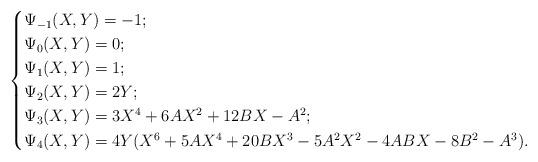
LaTeX: \begin{align*}\begin{cases}\Psi_{-1}(X,Y) = -1;\\\Psi_{0}(X,Y) = 0;\\\Psi_{1}(X,Y) = 1;\\\Psi_{2}(X,Y) = 2Y;\\\Psi_{3}(X,Y) = 3X^4+6 AX^2+12 B X - A^2;\\\Psi_{4}(X,Y) = 4Y(X^6 + 5AX^4 + 20BX^3 - 5A^2 X^2 - 4AB X - 8 B^2 -A^3).\end{cases}\end{align*}